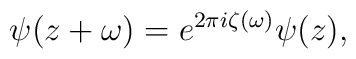
\psi(z + \omega) = e^{2 \pi i \zeta(\omega)} \psi(z),